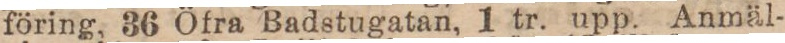
föring, 36 Öfra Badstugatan, 1 tr. upp. Anmäl-